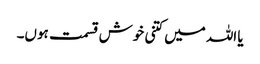
یا اللہ میں کتنی خوش قسمت ہوں۔